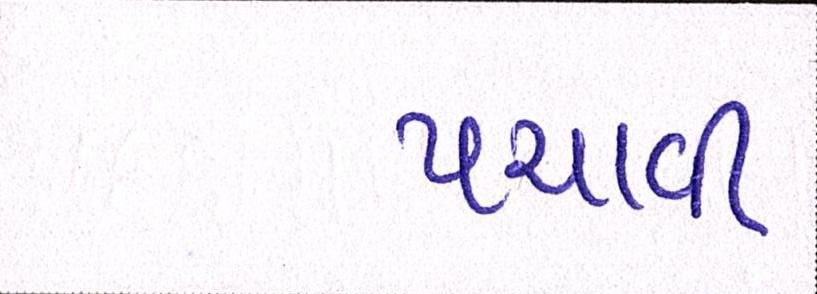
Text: પચાવી